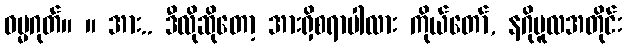
ဓမ္မဂုတ်။ ။ အား.. ဒီလိုဆိုတော့ အားရှိစရာပါလား ကိုယ်တော်, နဂိုမူလအတိုင်း